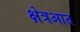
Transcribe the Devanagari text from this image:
क्षेत्रआत